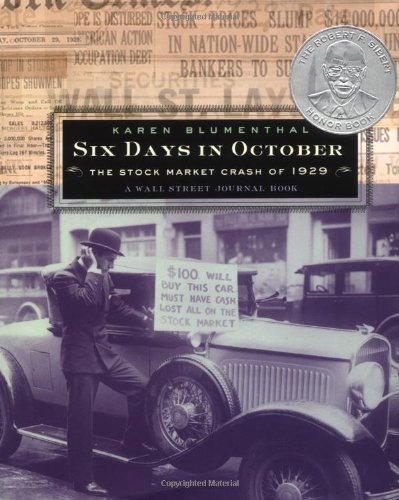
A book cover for Six Days in October: The Stock Market Crash of 1929: A Wall Street Journal Book for Children; Karen Blumenthal; Children's Books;